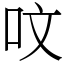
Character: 呅